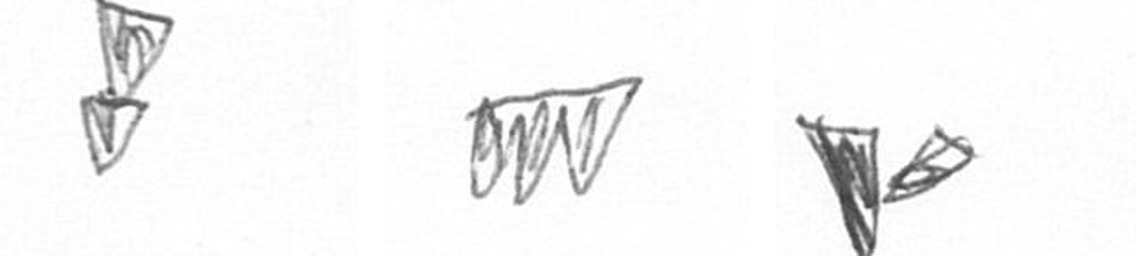
Z L F